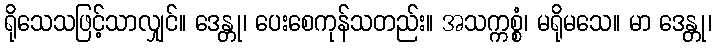
ရိုသေသဖြင့်သာလျှင်။ ဒေန္တု၊ ပေးစေကုန်သတည်း။ အသက္ကစ္စံ၊ မရိုမသေ။ မာ ဒေန္တု၊